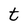
Character: t